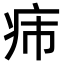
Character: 𤴹